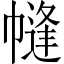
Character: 㡝